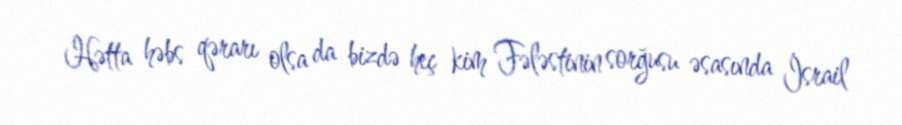
Hətta həbs qərarı olsa da bizdə heç kim Fələstinin sorğusu əsasında İsrail